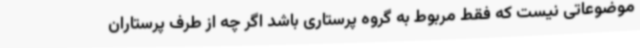
موضوعاتی نیست که فقط مربوط به گروه پرستاری باشد اگر چه از طرف پرستاران